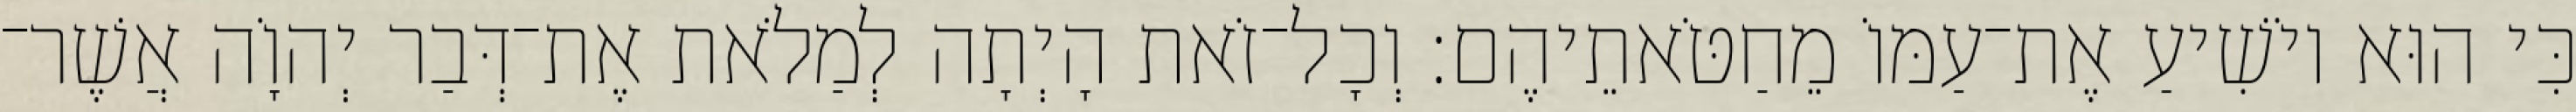
כִּי הוּא יוֹשִׁיעַ אֶת־עַמּוֹ מֵחַטֹּאתֵיהֶם׃ וְכָל־זֹאת הָיְתָה לְמַלֹאת אֶת־דְּבַר יְהוָֹה אֲשֶׁר־